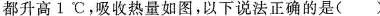
都升高1^{\circ}C，吸收热量如图，以下说法正确的是( )